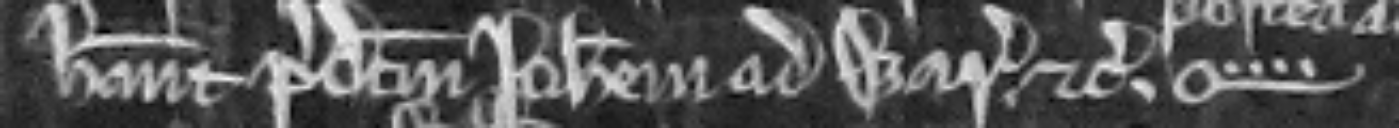
habeant predictum Johannem ad warantum etc. O----